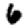
Digit: 6